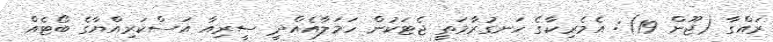
ރައްގާ (ޖޫން 19): އެމެރިކާގެ ހަނގުރާމަތީ ޖެޓަކުން ހަމަލާއެއްދީ ސީރިއާ އަސްކަރިއްޔާގެ ބޯޓެއް